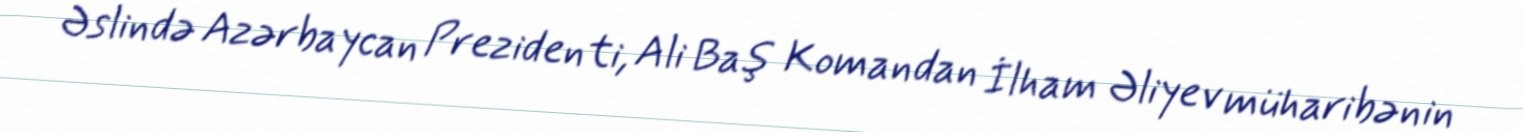
Əslində Azərbaycan Prezidenti, Ali Baş Komandan İlham Əliyev müharibənin